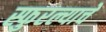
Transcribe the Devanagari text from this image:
स्फुरल्याचे